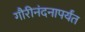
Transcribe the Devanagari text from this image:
गौरीनंदनापर्यंत